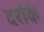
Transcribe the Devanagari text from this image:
दर्रोके